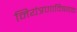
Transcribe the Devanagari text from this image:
नियंत्रणाविषयक